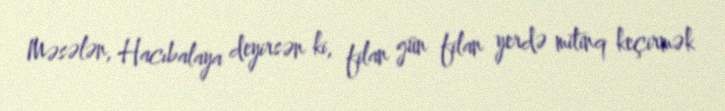
Məsələn, Hacıbalaya deyirsən ki, filan gün filan yerdə mitinq keçirmək